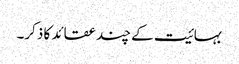
بہائیت کے چند عقائد کا ذکر۔